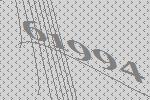
61994